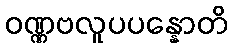
ဝဏ္ဏဗလူပပန္နောတိ